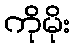
ကိုမိုး